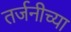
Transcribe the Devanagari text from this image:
तर्जनीच्या